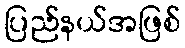
ပြည်နယ်အဖြစ်